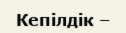
Кепілдік –